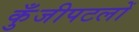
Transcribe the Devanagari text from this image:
कुँजीपटलों